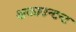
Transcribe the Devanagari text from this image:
अकाउन्टन्ट